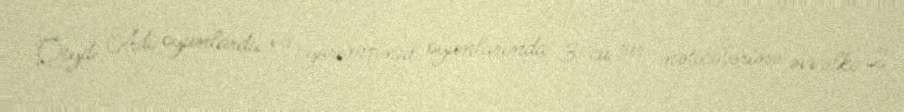
Qeyd: Adi oyunlarda və yarımfinal oyunlarında 3-cü tur nəticələrinə əvvəlki 2